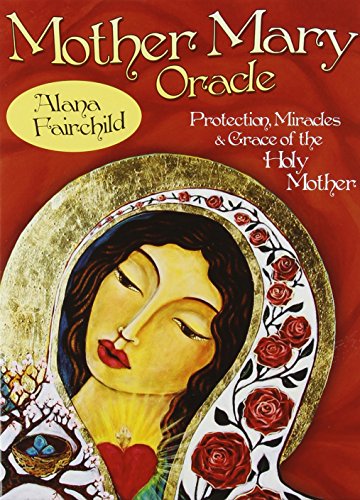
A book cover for Mother Mary Oracle: Protection Miracles & Grace of the Holy Mother; Alana Fairchild; Religion & Spirituality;